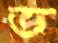
ভ